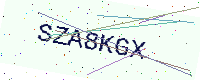
Text: SZA8KGX